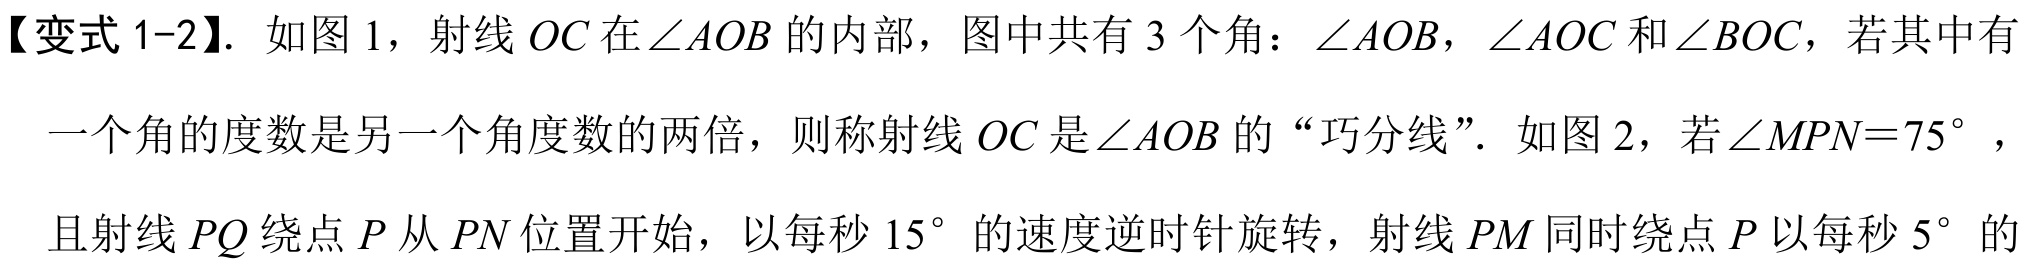
【变式 1-2】. 如图 1，射线 \(OC\) 在\(\angle AOB\) 的内部，图中共有 \(3\) 个角：\(\angle AOB\)，\(\angle AOC\) 和\(\angle BOC\)，若其中有
一个角的度数是另一个角度数的两倍，则称射线 \(OC\) 是\(\angle AOB\) 的“巧分线”. 如图 2，若\(\angle MPN = 75^{\circ}\) ，
且射线 \(PQ\) 绕点 \(P\) 从 \(PN\) 位置开始，以每秒 \(15^{\circ}\) 的速度逆时针旋转，射线 \(PM\) 同时绕点 \(P\) 以每秒 \(5^{\circ}\) 的